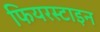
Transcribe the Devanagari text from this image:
फियरस्टाइन